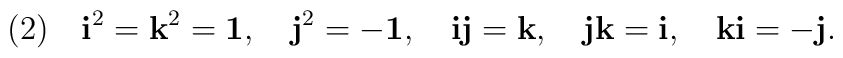
(2) \quad {\mbox{\bf{i}}}^2={\mbox{\bf{k}}}^2={\mbox{\bf{1}}}, \quad {\mbox{\bf{j}}}^2= -{\mbox{\bf{1}}}, \quad {\mbox{\bf{i}}}{\mbox{\bf{j}}}={\mbox{\bf{k}}}, \quad {\mbox{\bf{j}}}{\mbox{\bf{k}}}={\mbox{\bf{i}}}, \quad {\mbox{\bf{k}}}{\mbox{\bf{i}}}=-{\mbox{\bf{j}}}.